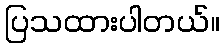
ပြသထားပါတယ်။